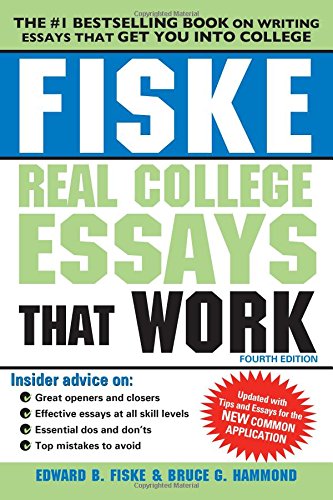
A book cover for Fiske Real College Essays That Work; Edward Fiske; Education & Teaching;